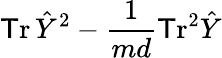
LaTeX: \operatorname{\mathsf{T}r}\hat{{Y}}^{2}-\frac{{1}}{{md}}\operatorname{\mathsf{T}r}^{2}\hat{{Y}}